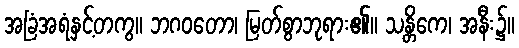
အခြံအရံနှင့်တကွ။ ဘဂဝတော၊ မြတ်စွာဘုရား၏။ သန္တိကေ၊ အနီး၌။